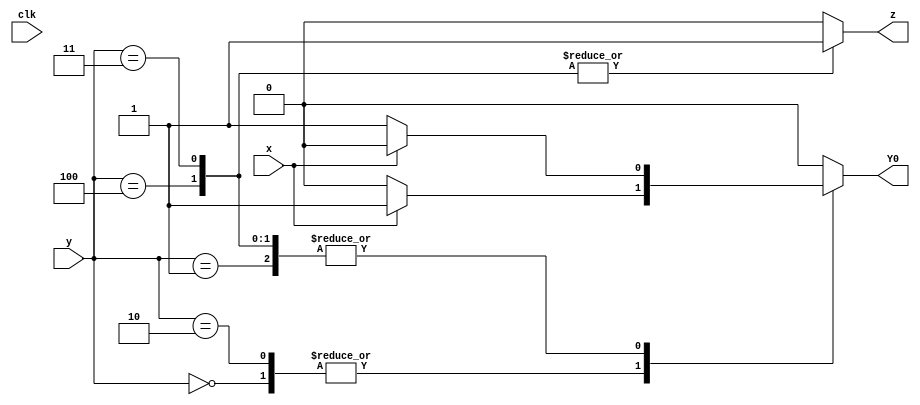
module top_module (
    input clk,
    input [2:0] y,
    input x,
    output Y0,
    output z
);
    
    always @ ( * ) begin
        begin
            Y0 = 1'b0;
            z = 1'b0;
        end
        case ( y ) 
            3'b000: begin
                		Y0 = x ? 1'b1 : 1'b0;
                		z = 1'b0;
            		end
            3'b001: begin
                		Y0 = x ? 1'b0 : 1'b1;
                		z = 1'b0;
            		end
            3'b010: begin
                		Y0 = x ? 1'b1 : 1'b0;
                		z = 1'b0;
            		end
            3'b011: begin
                		Y0 = x ? 1'b0 : 1'b1;
                		z = 1'b1;
            		end  
            3'b100: begin
                		Y0 = x ? 1'b0 : 1'b1;
                		z = 1'b1;
            		end            
        endcase
    end

endmodule